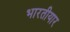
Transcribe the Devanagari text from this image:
भारतीयार